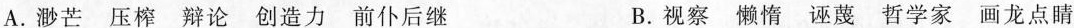
A. 渺芒 压榨 辩论 创造力 前仆后继 B. 视察 懒惰 诬蔑 哲学家 画龙点睛